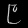
Digit: ၉